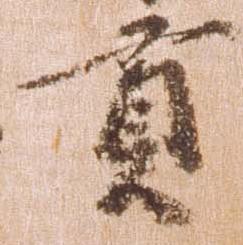
貢